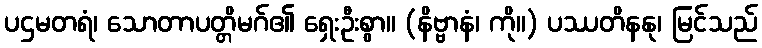
ပဌမတရံ၊ သောတာပတ္တိမဂ်၏ ရှေးဦးစွာ။ (နိဗ္ဗာနံ၊ ကို။) ပဿတိနနု၊ မြင်သည်